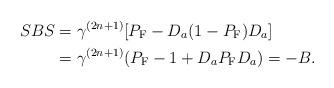
LaTeX: \begin{align*}SBS&=\gamma^{(2n+1)}[P_{\rm F}-D_a(1-P_{\rm F})D_a]\\&=\gamma^{(2n+1)}(P_{\rm F}-1+D_aP_{\rm F}D_a)=-B.\end{align*}